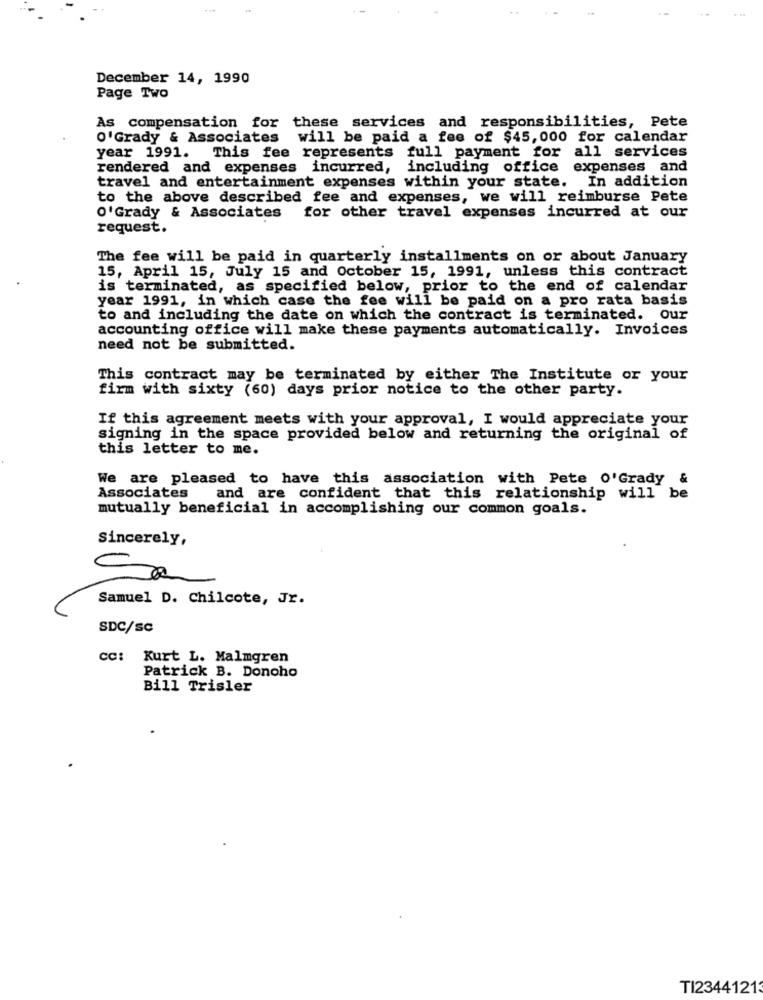
December 14, 1990
Page Two
As compensation for these services and responsibilities, Pete
o'Grady & Associates
will be paid a fee of $45,000 for calendar
year 1991. This fee represents full payment for all services
rendered and expenses incurred, including office expenses and
travel and entertainment expenses within your state. In addition
to the above described fee and expenses, we will reimburse Pete
O'Grady & Associates for other travel expenses incurred at our
request.
The fee will be paid in quarterly installments on or about January
15, April 15, July 15 and October 15, 1991, unless this contract
is terminated, as specified below, prior to the end of calendar
year 1991, in which case the fee will be paid on a pro rata basis
to and including the date on which the contract is terminated. Our
accounting office will make these payments automatically. Invoices
need not be submitted.
This contract may be terminated by either The Institute or your
firm with sixty (60) days prior notice to the other party.
If this agreement meets with your approval, I would appreciate your
signing in the space provided below and returning the original of
this letter to me.
We are pleased to have this association with Pete o'Grady &
Associates and are confident that this relationship will be
mutually beneficial in accomplishing our common goals.
Sincerely,
Se
Samuel D. Chilcote, Jr.
SDC/SC
cc: Kurt L. Malmgren
Patrick B. Donoho
Bill Trisler
TI2344121